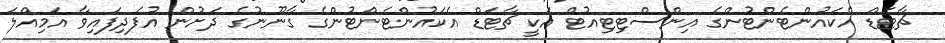
ޗާޓަޑް އެކައުންޓެންޓުންގެ އިންސްޓިޓިއުޓް އަކީ ޗާޓަޑް އެކައުންޓެންޓުންގެ ގާނޫނުގެ ދަށުން އުފެދިފައިވާ އަމިއްލަ